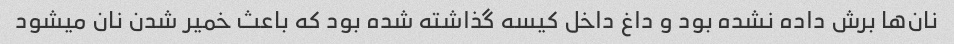
نان‌ها برش داده نشده بود و داغ داخل کیسه گذاشته شده بود که باعث خمیر شدن نان میشود